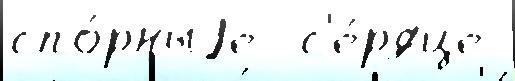
спо́рныjе  с'е́рдце